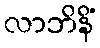
လာဘိနိံ